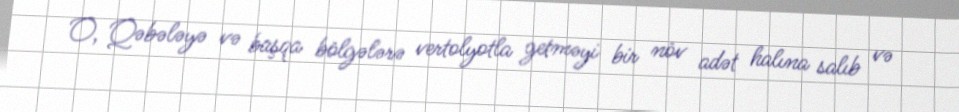
O, Qəbələyə və başqa bölgələrə vertolyotla getməyi bir növ adət halına salıb və